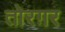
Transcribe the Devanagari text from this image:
तोरग़र